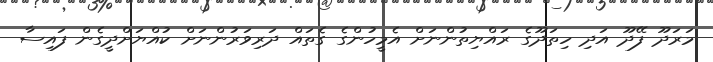
މަރަދޫ ފޭދޫ އަދި ހިތަދޫގެ ރައްޔިތުންނަށް އެމީހުންގެ ގެތައް ދަރިވަރުންނަށް ކުއްޔަށްދީގެން ފައިސާ